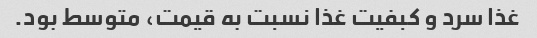
غذا سرد و کبفیت غذا نسبت به قیمت، متوسط بود.